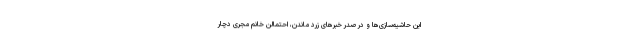
این حاشیه‌سازی‌ها و در صدر خبرهای زرد ماندن، احتمالن خانم مجری دچار